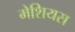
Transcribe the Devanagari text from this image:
मेशियस